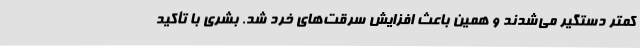
کمتر دستگیر می‌شدند و همین باعث افزایش سرقت‌های خرد شد. بشری با تأکید